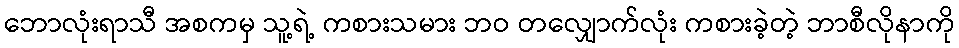
ဘောလုံးရာသီ အစကမှ သူ့ရဲ့ ကစားသမား ဘဝ တလျှောက်လုံး ကစားခဲ့တဲ့ ဘာစီလိုနာကို